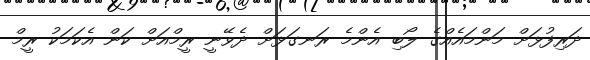
ދަރިފުޅަށް މަންމައެއްގެ ލޯބި އެންމެ ރަނގަޅަށް ދެވޭނީ ރީމްއަށް ކަން އެކަމަކު ރީމް